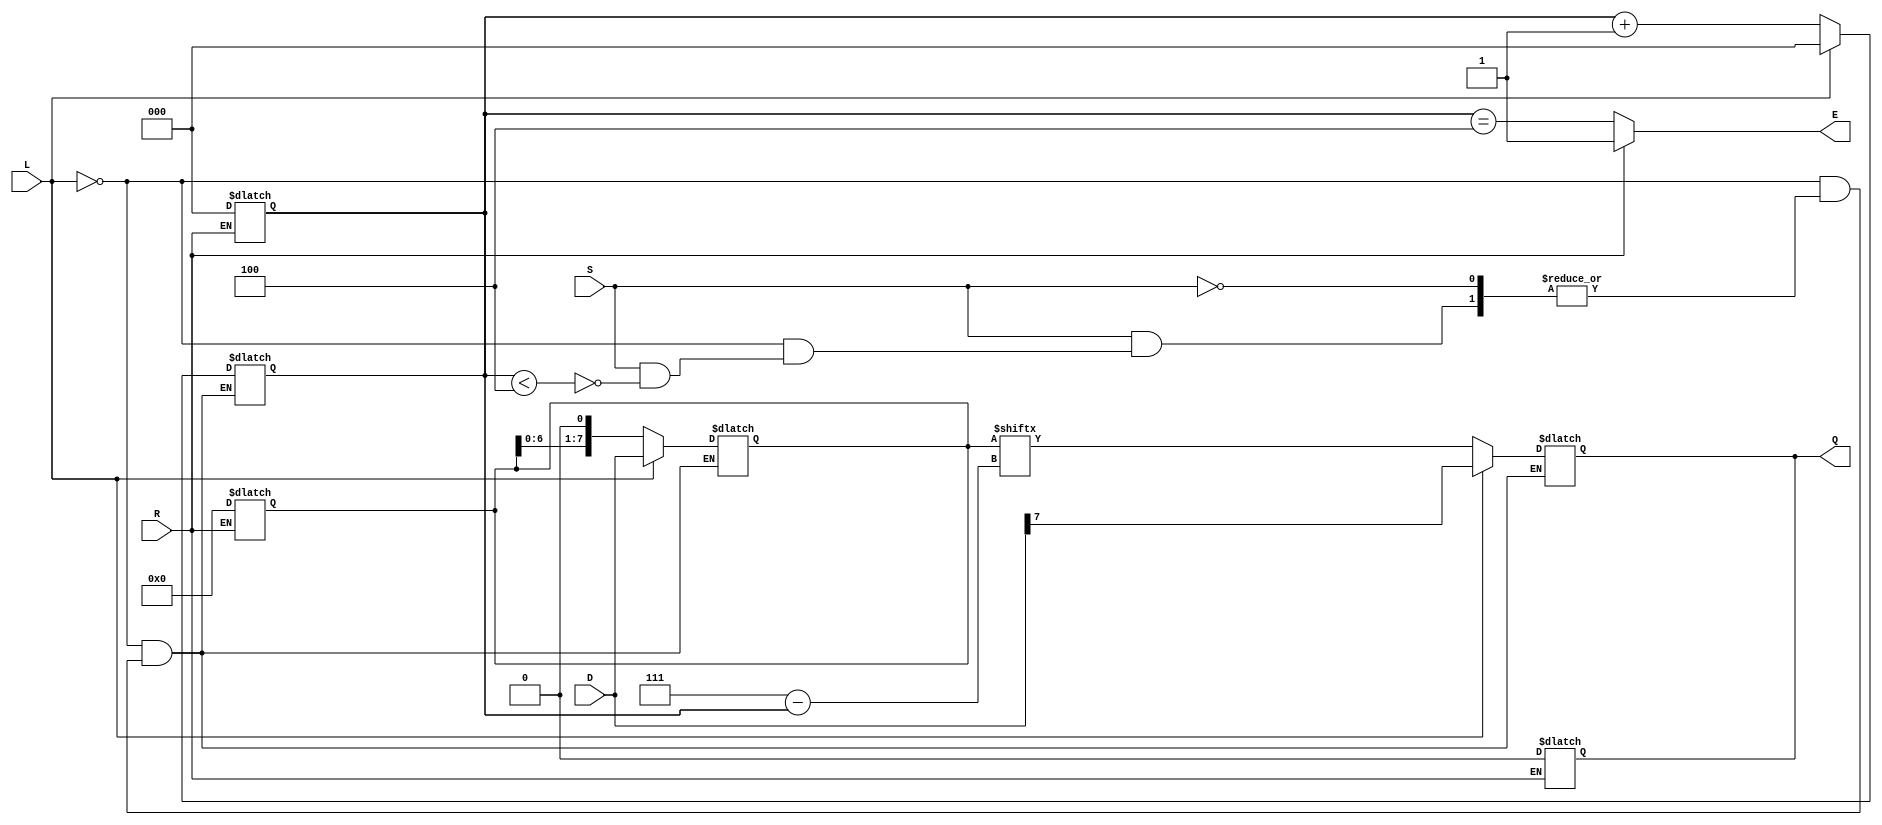
module PISO_Register (
    input wire [7:0] D,       // Parallel Data Input
    input wire L,             // Load signal
    input wire S,             // Shift signal
    input wire R,             // Reset signal
    output reg Q,             // Serial Output
    output reg E              // Empty flag
);

    reg [7:0] SR;             // Shift Register
    reg [2:0] CNT;            // Counter for bits shifted out

    // Asynchronous Reset
    always @* begin
        if (R) begin
            SR = 8'b0;        // Clear the shift register
            CNT = 3'b0;      // Reset the counter
            Q = 1'b0;        // Ensure Q is zero when reset
            E = 1'b1;        // Set Empty flag
        end else begin
            // Default values for Q and E
            Q = Q;            // Maintain current value of Q
            E = (CNT == 3'b100); // Empty flag when CNT reaches 8
        end
    end

    // Load and Shift Operations
    always @(L or S) begin
        if (L) begin
            SR = D;           // Load data into shift register
            CNT = 3'b0;       // Reset counter on load
            Q = SR[7];        // Output MSB initially
        end else if (S) begin
            if (CNT < 3'b100) begin
                Q = SR[7 - CNT]; // Shift out the next bit
                SR = {SR[6:0], 1'b0}; // Shift register content
                CNT = CNT + 1; // Increment the counter
            end
        end
    end

endmodule